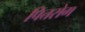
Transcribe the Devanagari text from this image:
पित्तरोग